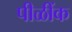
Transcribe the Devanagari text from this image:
पीळींक